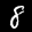
Label: 8